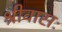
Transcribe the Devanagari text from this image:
श्रीवासः